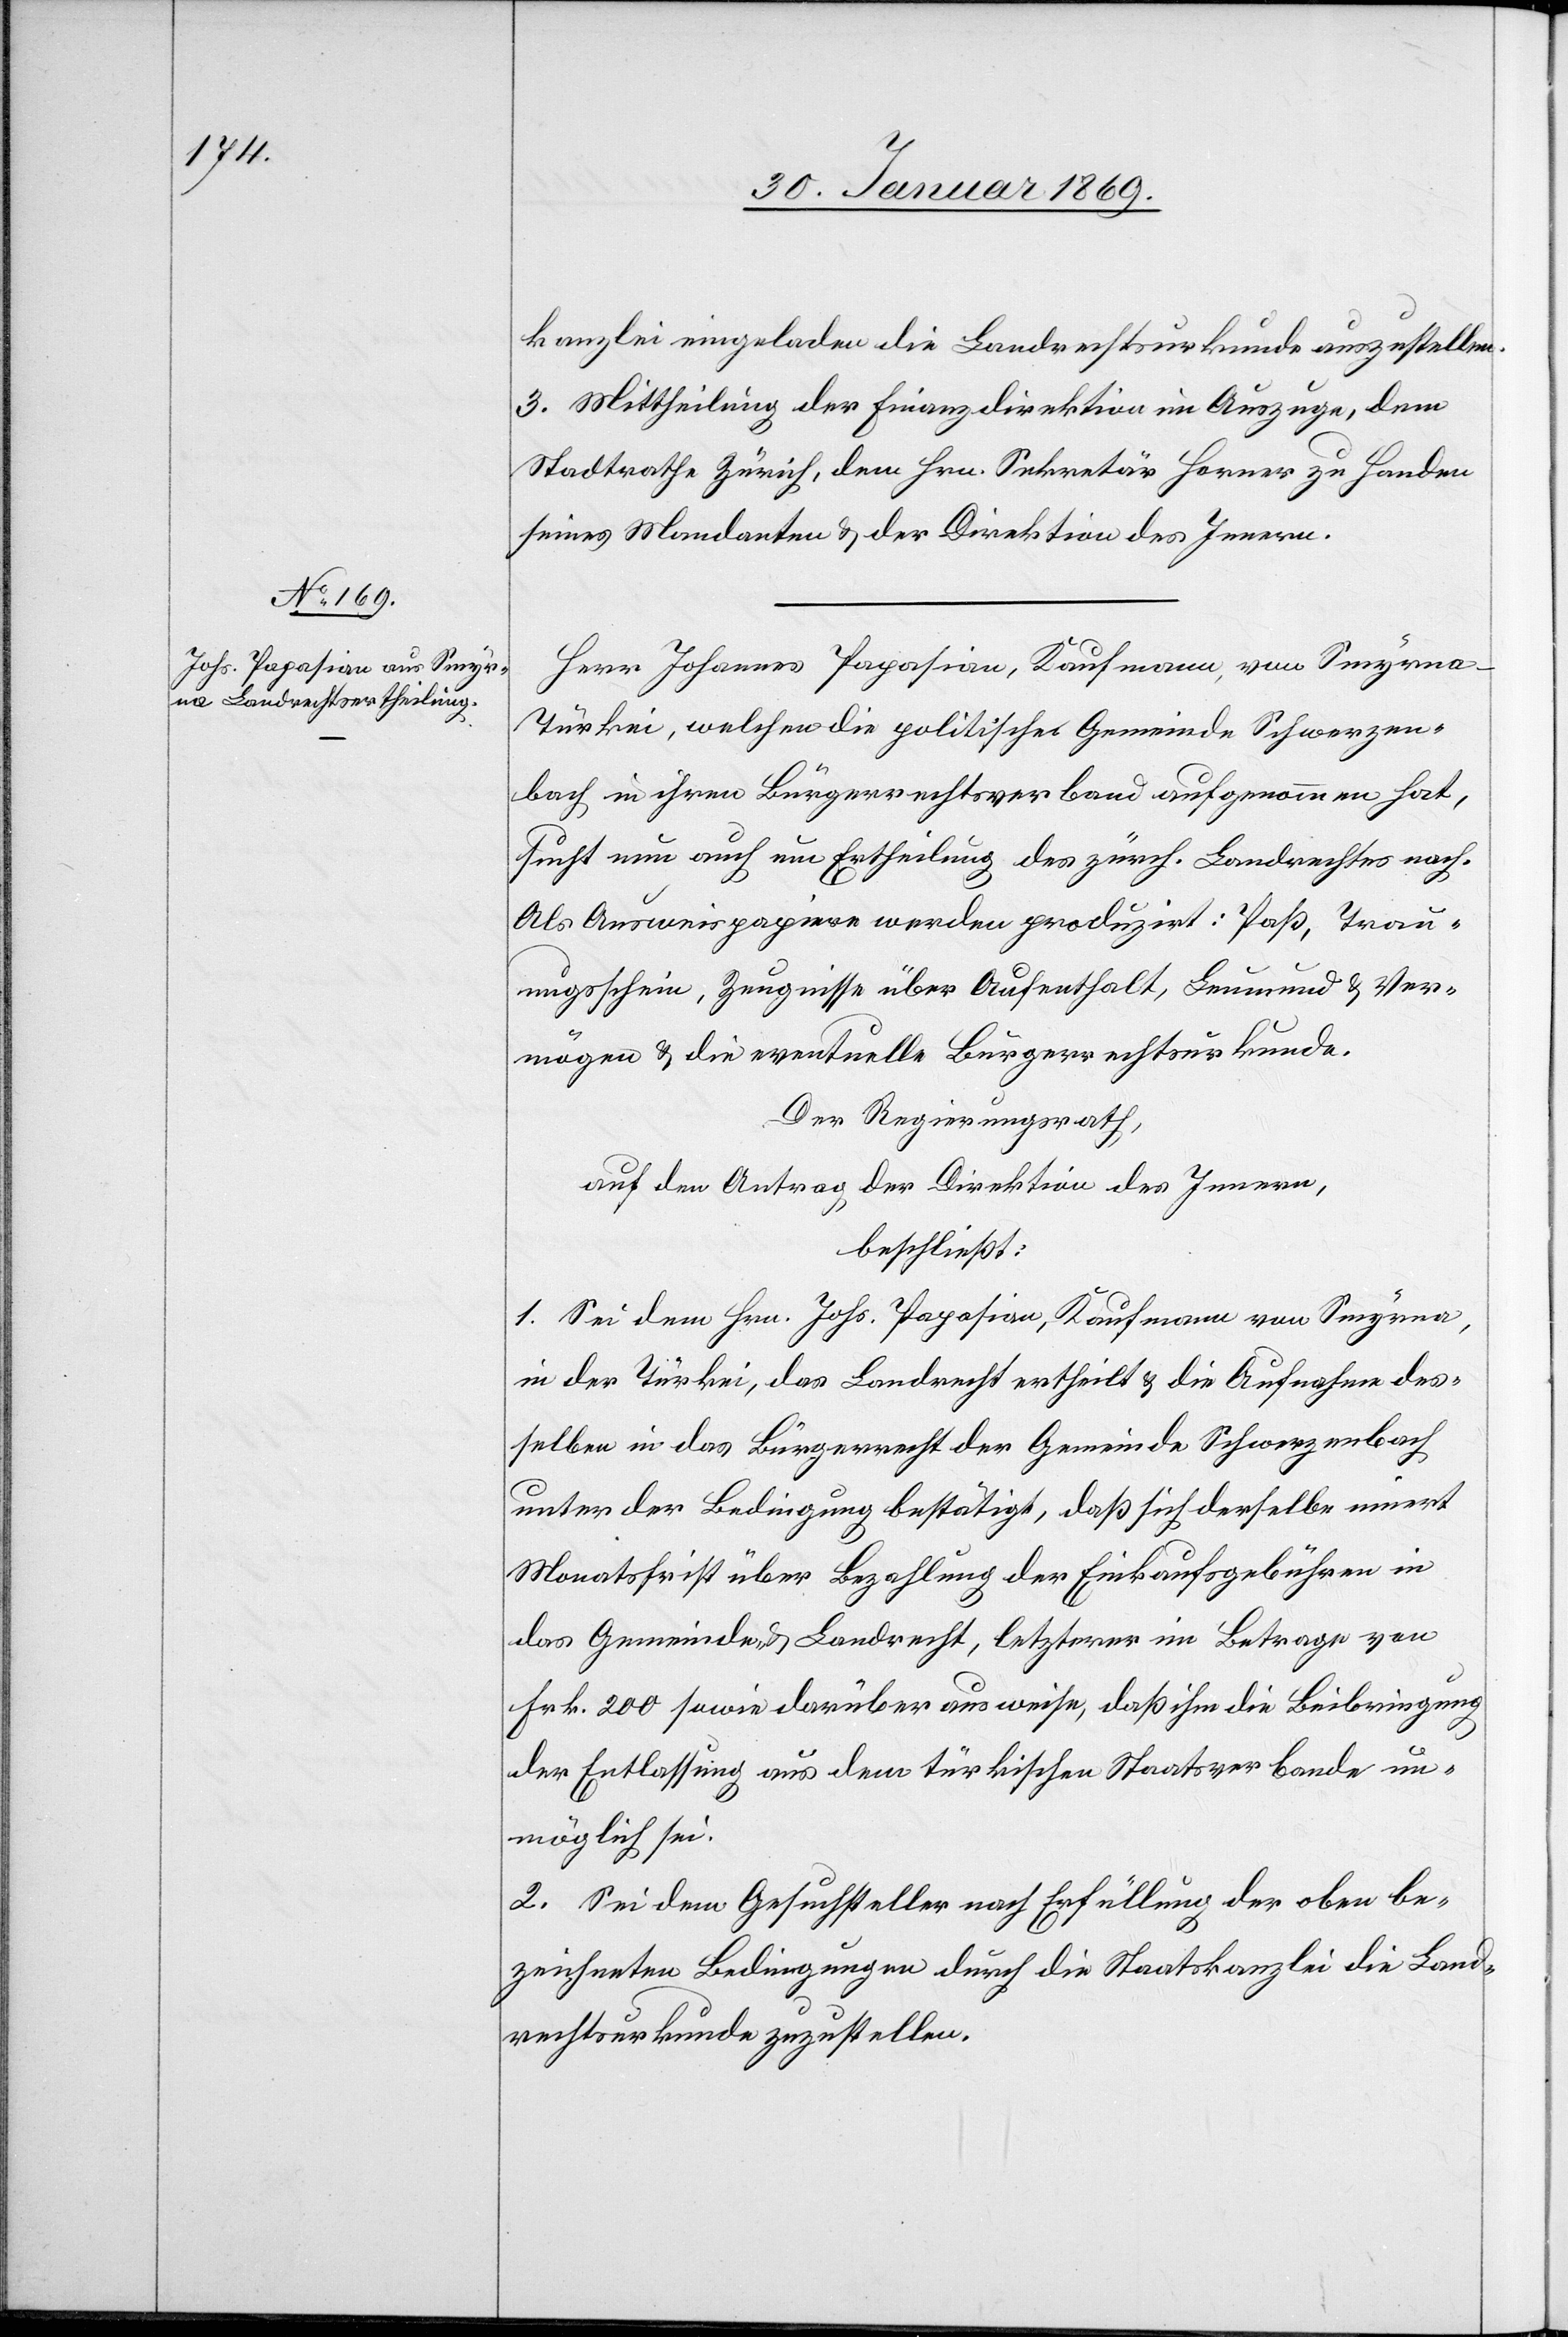
kanzlei eingeladen die Landrechtsurkunde auszustellen.
3. Mittheilung der Finanzdirektion im Auszuge, dem
Stadtrathe Zürich, dem Hrn. Sekretär Horner zu Handen
seines Mandanten u. der Direktion des Innern.
Herr Johannes Papasian, Kaufmann, von Smyrna -
Türkei, welchen die politische Gemeinde Schwerzen¬
bach in ihren Bürgerrechtsverband aufgenommen hat,
sucht nun um Ertheilung des zürch. Landrechtes nach.
Als Ausweispapiere werden produzirt: Paß, Trau¬
ungsscheine, Zeugnisse über Aufenthalt, Leumund u. Ver¬
mögen u. die eventuelle Bürgerrechtsurkunde.
Der Regierungsrath,
auf den Antrag der Direktion des Innern,
beschließt:
1. Sei dem Hrn. Johs. Papasian, Kaufmann von Smyrna,
in der Türkei, das Landrecht ertheilt u. die Aufnahme des¬
selben in das Bürgerrecht der Gemeinde Schwerzenbach
unter der Bedingung bestätigt, daß sich derselbe innert
Monatsfrist über Bezahlung der Einkaufsgebühren in
das Gemeinds-Landrecht, letzterer im Betrage von
Frk. 200 sowie darüber ausweise, daß ihm die Beibringung
der Entlassung aus dem türkischen Staatsverbande un¬
möglich sei.
2. Sei dem Gesuchsteller nach Erfüllung der oben be¬
zeichneten Bedingungen durch die Staatskanzlei die Land¬
rechtsurkunde zuzustellen.